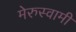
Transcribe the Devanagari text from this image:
मेरुस्वामी